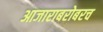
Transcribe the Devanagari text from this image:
आजाराबरोबरच